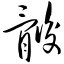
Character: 骺